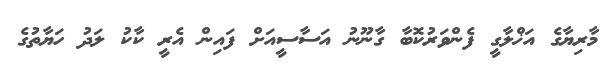
މާރިޔާގެ އަޚްލާގީ ފެންވަރުކޮބާ ގާނޫނު އަސާސީއަށް ފައިން އެރީ ކާކު ލަދު ހަޔާތުގެ